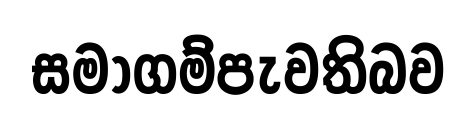
සමාගම්පැවතිබව